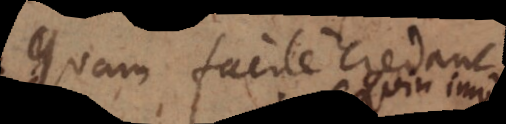
quam facile credant